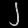
Digit: ၂